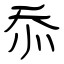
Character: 忝